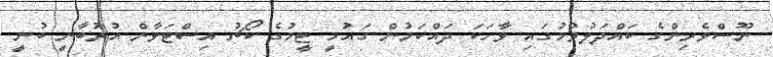
ނޫސްވެރިންގެ ބައްދަލުވުމުގައި ވާހަކަ ދައްކަމުން ގައުމީ ޓީމުގެ ކޯޗު އިސްޓަވާން އުރުބާނީ ބުނީ